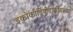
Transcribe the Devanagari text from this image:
इकोकार्डियोग्राफीअस्थमा